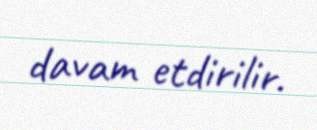
davam etdirilir.